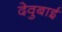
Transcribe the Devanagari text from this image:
देवुबाई